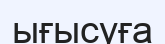
ығысуға